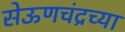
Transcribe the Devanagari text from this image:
सेऊणचंद्रच्या